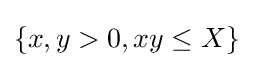
\{x,y>0,xy\leq X\}